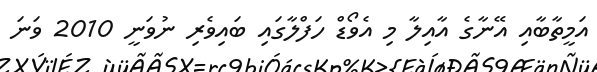
އަމީތާބާއި އޭނާގެ އާއިލާ މި އެވޯޑް ހަފްލާގައި ބައިވެރި ނުވަނީ 2010 ވަނަ